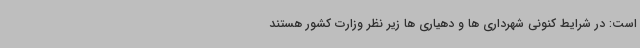
است: در شرایط کنونی شهرداری ها و دهیاری ها زیر نظر وزارت کشور هستند